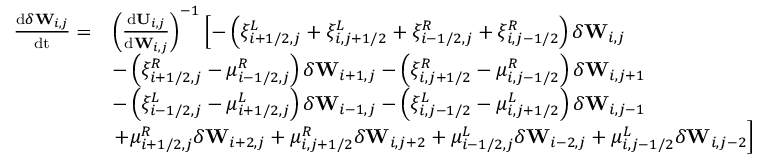
\begin{array} { r l } { \frac { \mathrm { d } \delta \mathbf { W } _ { i , j } } { \mathrm { d t } } = } & { \left( \frac { \mathrm { d } \mathbf { U } _ { i , j } } { \mathrm { d } { \mathbf { W } _ { i , j } } } \right) ^ { - 1 } \left[ - \left( \xi _ { i + 1 / 2 , j } ^ { L } + \xi _ { i , j + 1 / 2 } ^ { L } + \xi _ { i - 1 / 2 , j } ^ { R } + \xi _ { i , j - 1 / 2 } ^ { R } \right) \delta \mathbf { W } _ { i , j } \right. } \\ & { - \left( \xi _ { i + 1 / 2 , j } ^ { R } - \mu _ { i - 1 / 2 , j } ^ { R } \right) \delta \mathbf { W } _ { i + 1 , j } - \left( \xi _ { i , j + 1 / 2 } ^ { R } - \mu _ { i , j - 1 / 2 } ^ { R } \right) \delta \mathbf { W } _ { i , j + 1 } } \\ & { - \left( \xi _ { i - 1 / 2 , j } ^ { L } - \mu _ { i + 1 / 2 , j } ^ { L } \right) \delta \mathbf { W } _ { i - 1 , j } - \left( \xi _ { i , j - 1 / 2 } ^ { L } - \mu _ { i , j + 1 / 2 } ^ { L } \right) \delta \mathbf { W } _ { i , j - 1 } } \\ & { \left. + \mu _ { i + 1 / 2 , j } ^ { R } \delta \mathbf { W } _ { i + 2 , j } + \mu _ { i , j + 1 / 2 } ^ { R } \delta \mathbf { W } _ { i , j + 2 } + \mu _ { i - 1 / 2 , j } ^ { L } \delta \mathbf { W } _ { i - 2 , j } + \mu _ { i , j - 1 / 2 } ^ { L } \delta \mathbf { W } _ { i , j - 2 } \right] } \end{array}